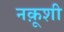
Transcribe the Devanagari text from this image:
नक़ूशी